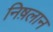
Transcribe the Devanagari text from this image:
निष़लान